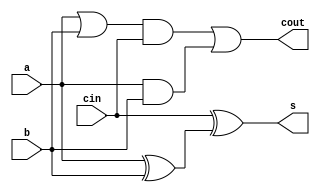

module FullAdder(cout, s, a, b, cin);

	input a, b, cin;
	output cout, s;
		
	wire   e1, e2, e3, e4;

	// cout
	or(e1, a, b);
	and(e2, e1, cin);
	and(e3, a, b);
	or(cout, e2, e3);

	// sum
	xor(e4, a, b);
	xor(s, cin, e4);	

endmodule